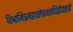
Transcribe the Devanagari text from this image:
विश्वामित्रमहावलेपजलधिप्रोद्यत्तपो